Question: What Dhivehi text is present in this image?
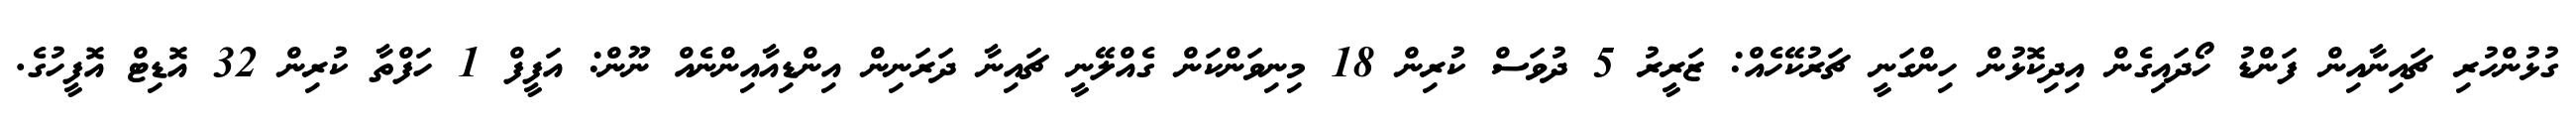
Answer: ގުޅުންހުރި ޗައިނާއިން ފަންޑު ހޯދައިގެން އިދިކޮޅުން ހިންގަނީ ޗަރުކޭހެއް: ޒަރީރު 5 ދުވަސް ކުރިން 18 މިނިވަންކަން ގެއްލޭނީ ޗައިނާ ދަރަނިން އިންޑިއާއިންނެއް ނޫން: އަފީފް 1 ހަފްތާ ކުރިން 32 އޮޑިޓް އޮފީހުގެ.